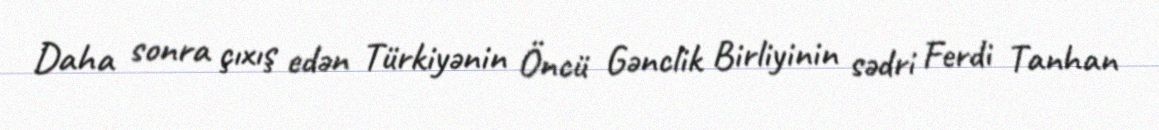
Daha sonra çıxış edən Türkiyənin Öncü Gənclik Birliyinin sədri Ferdi Tanhan